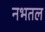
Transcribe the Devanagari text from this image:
नभतल